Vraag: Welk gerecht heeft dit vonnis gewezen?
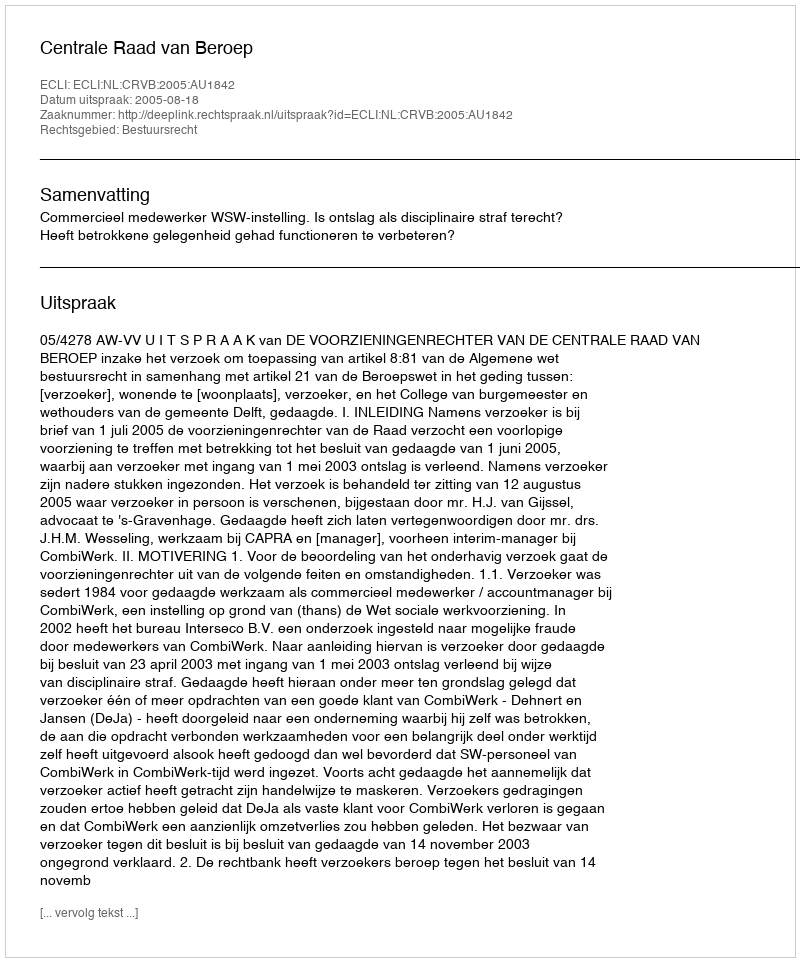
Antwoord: Centrale Raad van Beroep